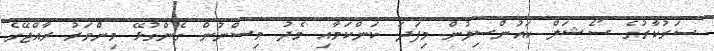
ސަރުކާރުގެ ސޯޝަލް ކައުންސިލުން މިފަދަ ކަންކަމާއި މެދު ވިސްނުން ގެންގުޅޭ މިންވަރު ރާއްޖޭގެ